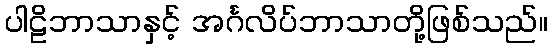
ပါဠိဘာသာနှင့် အင်္ဂလိပ်ဘာသာတို့ဖြစ်သည်။